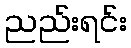
ညည်းရင်း